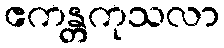
ဧကန္တကုသလာ